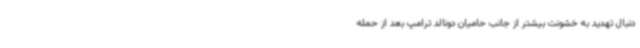
دنبال تهدید به خشونت بیشتر از جانب حامیان دونالد ترامپ بعد از حمله